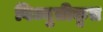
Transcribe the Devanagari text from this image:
विध्युतीकृत